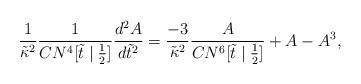
LaTeX: \begin{align*}\frac{1}{\tilde{\kappa}^2}\frac{1}{CN^4[\tilde{t}\mid\frac{1}{2}]}\frac{d^2A}{d\tilde{t}^2}=\frac{-3}{\tilde{\kappa}^2}\frac{A}{CN^6[\tilde{t}\mid\frac{1}{2}]}+A-A^3,\end{align*}